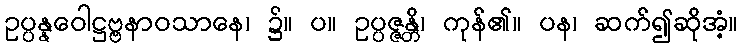
ဥပ္ပန္နဝေါဋ္ဌဗ္ဗနာဝသာနေ၊ ၌။ ပ။ ဥပ္ပဇ္ဇန္တိ၊ ကုန်၏။ ပန၊ ဆက်၍ဆိုအံ့။